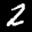
Label: 2